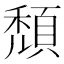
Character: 頹